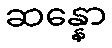
ဆန္နော